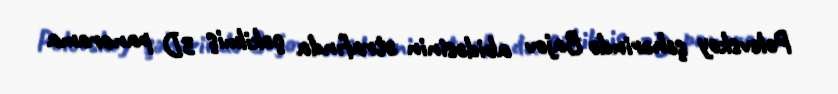
Polevskoy şəhərində Bajov abidəsinin ətrafında çəkilmiş 3D panorama